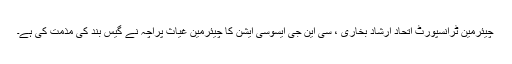
چیئرمین ٹرانسپورٹ اتحاد ارشاد بخاری ، سی این جی ایسوسی ایشن کا چیئرمین غیاث پراچہ نے گیس بند کی مذمت کی ہے۔